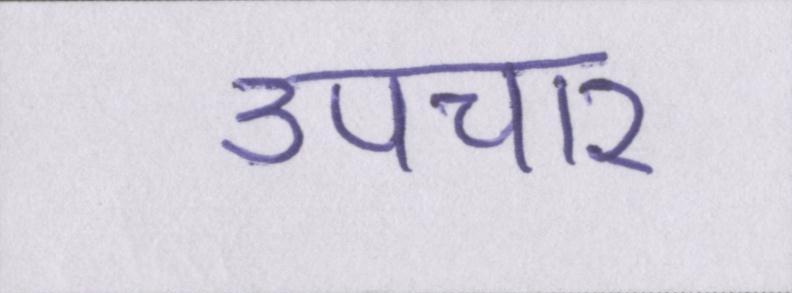
उपचार